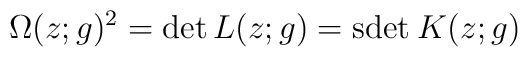
\Omega(z;g)^{2}=\det L(z;g)=\mbox{sdet}\:K(z;g)